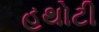
હથોટી